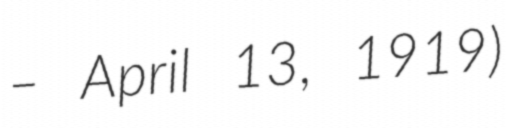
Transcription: – April 13, 1919)